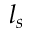
l _ { s }